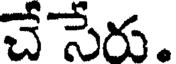
చే సేరు.